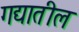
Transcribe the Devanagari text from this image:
गद्यातील